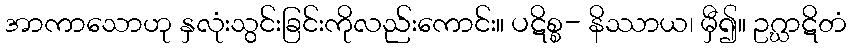
အာကာသောဟု နှလုံးသွင်းခြင်းကိုလည်းကောင်း။ ပဋိစ္စ- နိဿာယ၊ မှီ၍။ ဥဂ္ဃာဋိတံ